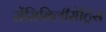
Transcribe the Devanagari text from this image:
सेंसिबिलीसेट्रिस